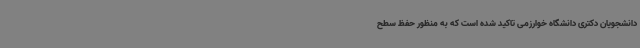
دانشجویان دکتری دانشگاه خوارزمی تاکید شده است که به منظور حفظ سطح